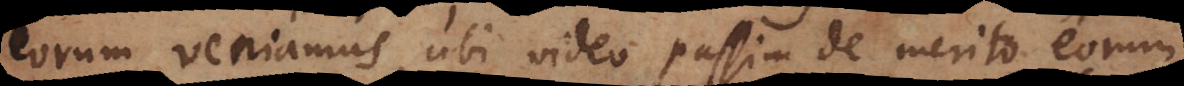
eorum veniamus, ubi video passim de merito eorum